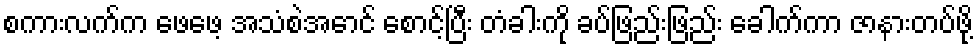
စကားလက်က ဖေဖေ့ အသံစဲအောင် စောင့်ပြီး တံခါးကို ခပ်ဖြည်းဖြည်း ခေါက်ကာ ဇာနားတပ်ဖို့